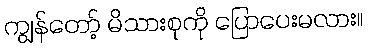
ကျွန်တော့် မိသားစုကို ပြောပေးမလား။